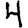
Digit: 4